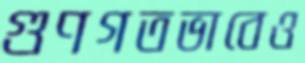
গুণগতভাবেও